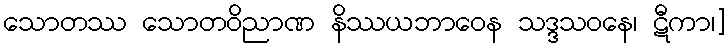
သောတဿ သောတဝိညာဏ နိဿယဘာဝေန သဒ္ဒသဝနေ၊ ဋီကာ၊]